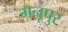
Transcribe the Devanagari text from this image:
मनूपुर